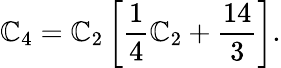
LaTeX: {\cal\mathbb{C}}_{4}={\cal\mathbb{C}}_{2}\left[\frac{{1}}{{4}}{\cal\mathbb{C}}_{2}+\frac{{14}}{{3}}\right].